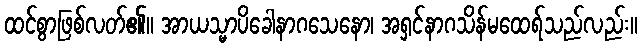
ထင်စွာဖြစ်လတ်၏။ အာယသ္မာပိခေါနာဂသေနော၊ အရှင်နာဂသိန်မထေရ်သည်လည်း။